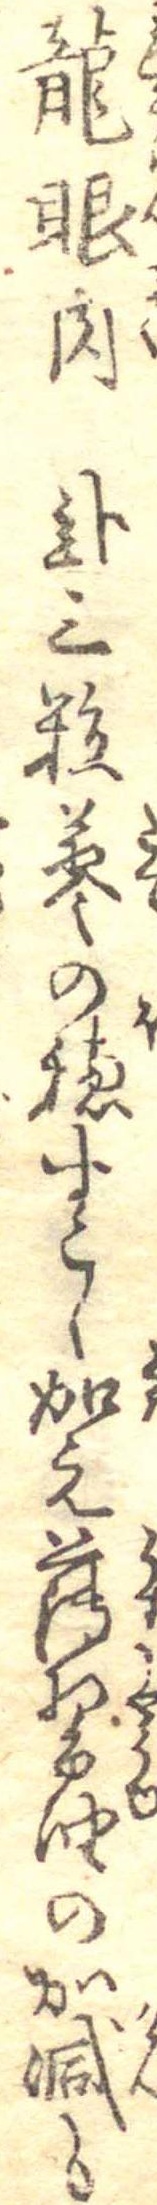
竜眼肉弐三粒蓼の穂すこし加え薄醤油の加減も